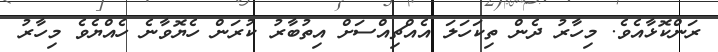
ރަންކޮޅާއެވެ. މިހާރު ދެން ތިކަހަލަ އެއްޗިއްސަށް އިތުބާރު ކުރަން ހެޔޮވާނެ ހެއްޔެވެ މިހާރު